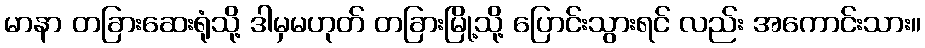
မာနာ တခြားဆေးရုံသို့ ဒါမှမဟုတ် တခြားမြို့သို့ ပြောင်းသွားရင် လည်း အကောင်းသား။